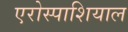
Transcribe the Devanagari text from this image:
एरोस्पाशियाल